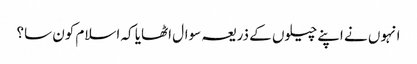
انہوں نے اپنے چیلوں کے ذریعہ سوال اٹھایا کہ اسلام کون سا؟